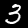
Label: 3